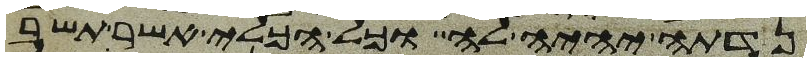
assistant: נדתה יהיה לה וכל הכלי אשר תשב